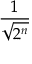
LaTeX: \frac { 1 } { \sqrt { 2 ^ { n } } }